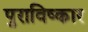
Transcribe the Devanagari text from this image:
पुराविष्कार